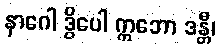
နာဂေါ ဒွိပေါ ဣဘော ဒန္တီ၊